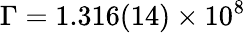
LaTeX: \Gamma=1.316(14)\times 10^{8}